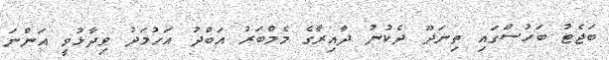
ބަޖެޓު ބަހުސްގައި ތިނަދޫ ދެކުނު ދާއިރާގެ މެމްބަރު އަބްދު އަހުމަދު ވިދާޅުވީ އަންނަ